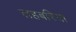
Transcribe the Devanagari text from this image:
लहबरिया